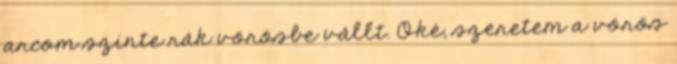
arcom szinte rák vörösbe vállt. Oké, szeretem a vörös